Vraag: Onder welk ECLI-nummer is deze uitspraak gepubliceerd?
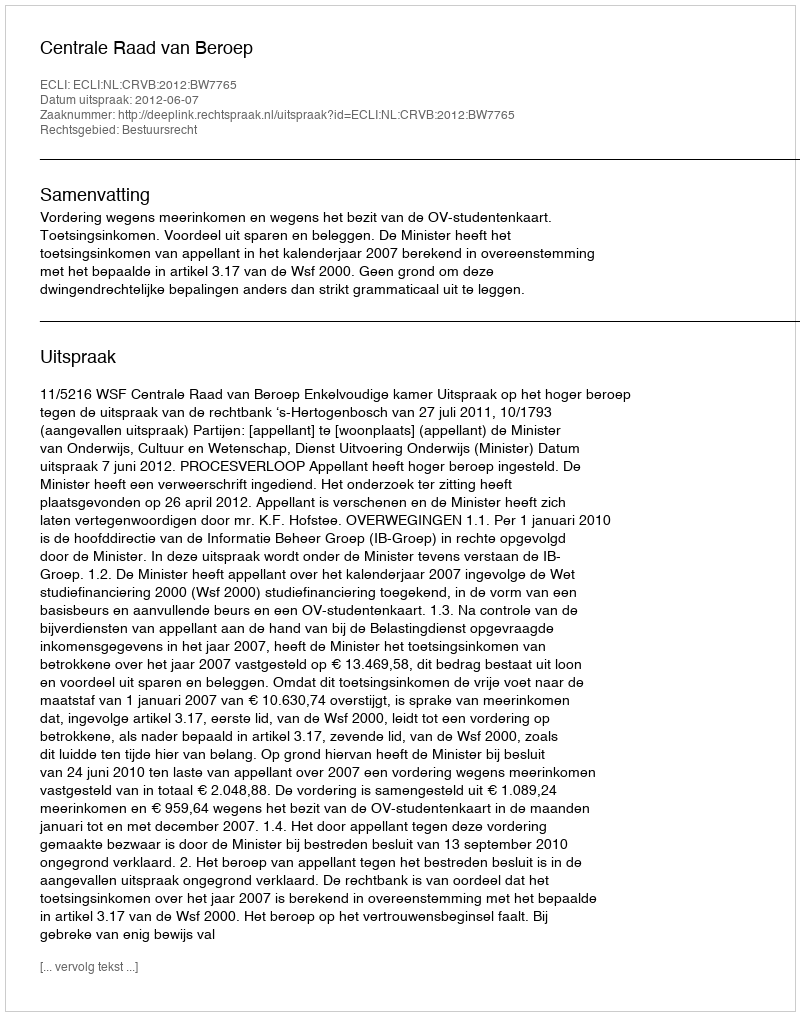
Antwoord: ECLI:NL:CRVB:2012:BW7765